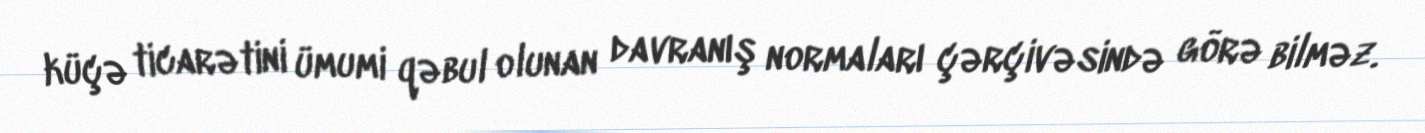
küçə ticarətini ümumi qəbul olunan davranış normaları çərçivəsində görə bilməz.